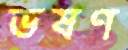
ভষণ